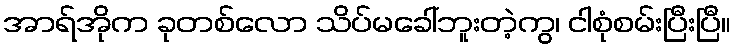
အာရ်အိုက ခုတစ်လော သိပ်မခေါ်ဘူးတဲ့ကွ၊ ငါစုံစမ်းပြီးပြီ။